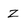
Character: Z